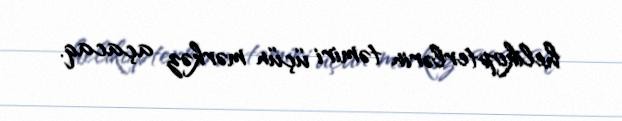
helikopterlərin təmiri üçün mərkəz açacaq.